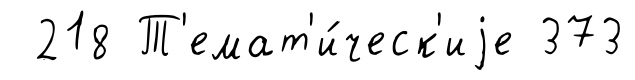
218 Т'емат'и́ческ'иjе 373